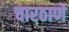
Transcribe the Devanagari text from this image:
चारठाणे